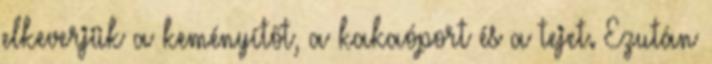
elkeverjük a keményítőt, a kakaóport és a tejet. Ezután